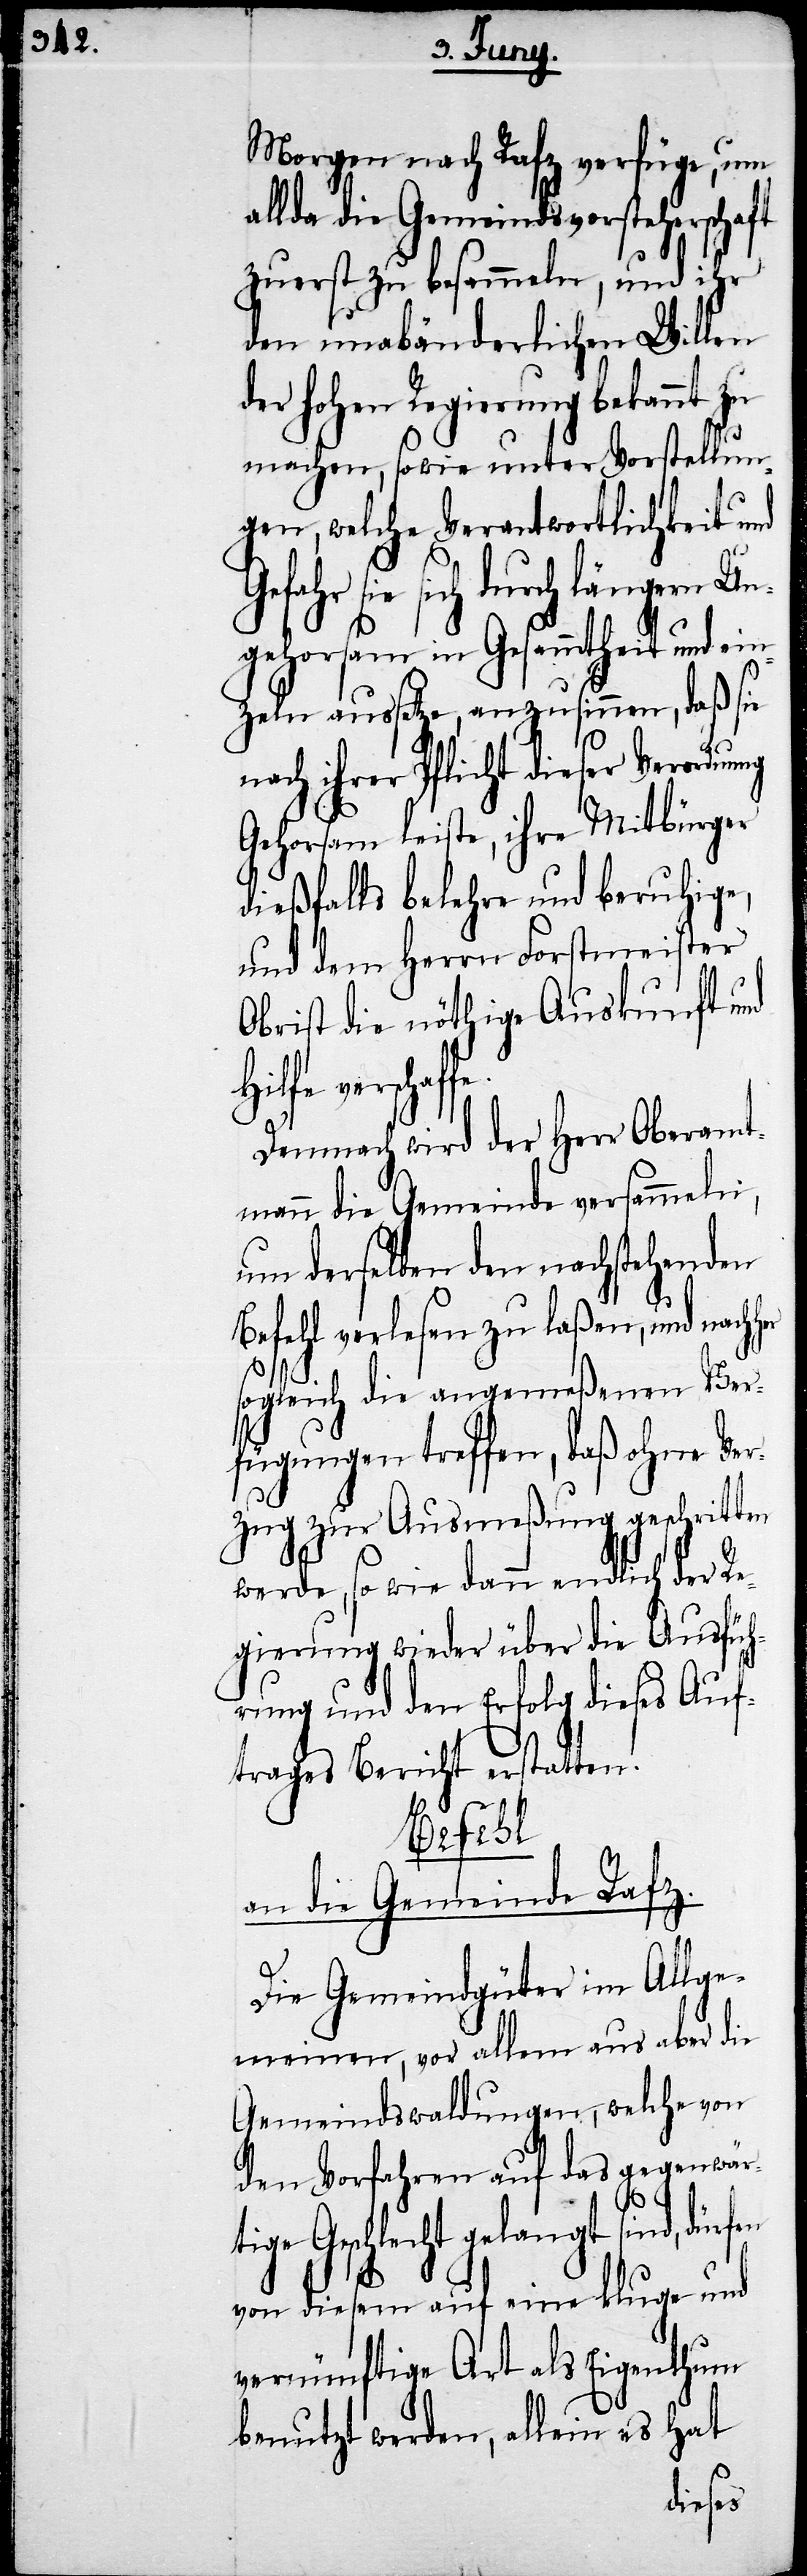
Morgen nach Rafz verfüge, um
allda die Gemeindsvorsteherschaft
zuerst zu besammeln, und ihr
den unabänderlichen Willen
der hohe Regierung bekannt
machen, sowie unter Vorstellun¬
gen, welche Verantwortlichkeit und
sie sich durch längern Un¬
gehorsam in Gesammtheit und ein¬
zeln aussetze, anzusinnen, daß sie
nach ihrer Pflicht dieser Verordnung
Gehorsam leiste, ihre Mitbürger
dießfalls belehre und beruhige,
und dem Herrn Forstmeister
Obrist die nöthige Auskunft und
in es hat
Demnach wird der Herr Oberamt¬
mann die Gemeinde versammeln,
um derselben den nachstehenden
Befehl verlesen zu laßen, und nach¬
sogleich die angemeßenen Ver¬
fügungen treffen, daß ohne Ver¬
zug zur Ausmeßung geschritten
werde, so wie dann endlich der R¬
egierung wieder über die Ausfüh¬
rung und den Erfolg dieses Auf¬
trages Bericht erstatten.
Befehl
an die Gemeinde Rafz.
Die Gemeindgüter im Allge¬
meinen, vor allem aus aber die
Gemeindswaldungen, welche von
den Vorfahren auf das gegenwär¬
tige Geschlecht gelangt sind,
von diesem auf eine kluge und
vernünftige Art als Eigenthum
her
benutzt werden, alle¬